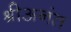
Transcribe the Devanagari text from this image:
श्रीअनंत